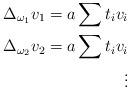
LaTeX: \begin{align*}\Delta _{\omega_1}v_1 = a \sum t_i v_i \\\Delta _{\omega_2}v_2 = a \sum t_i v_i \\\vdots \end{align*}